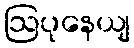
ဩပုနေယျ